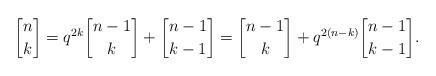
LaTeX: \begin{align*}{n\brack k}=q^{2k}{n-1\brack k}+{n-1\brack k-1}={n-1\brack k}+q^{2(n-k)}{n-1\brack k-1}. \end{align*}